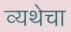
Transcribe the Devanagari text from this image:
व्यथेचा